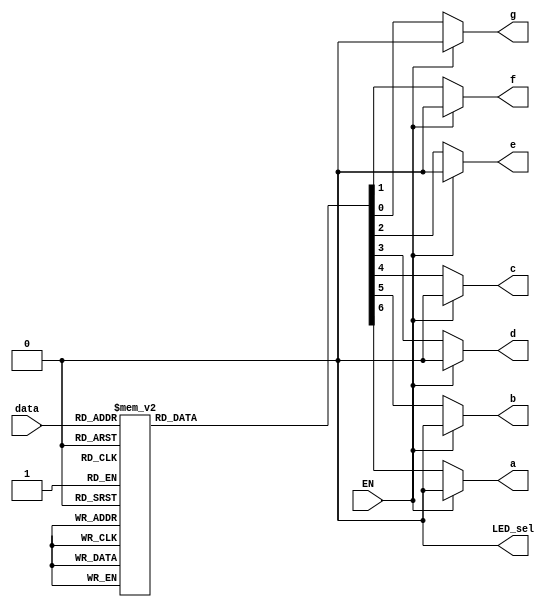
module led(data,LED_sel,a,b,c,d,e,f,g,EN); //led
	input [3:0]data; //data,4
	input EN;
	output a,b,c,d,e,f,g,LED_sel; // a-gLED_sel
	reg a,b,c,d,e,f,g; //a-greg
	assign LED_sel=0; //LED_sel0
	always @ (data) //dataalways
		begin
			if (EN)
				{a,b,c,d,e,f,g}=7'b0000000;
			else begin
			case(data) //case
				4'b0000:{a,b,c,d,e,f,g}=7'b1111110;//0
				4'b0001:{a,b,c,d,e,f,g}=7'b0110000;//1
				4'b0010:{a,b,c,d,e,f,g}=7'b1101101;//2
				4'b0011:{a,b,c,d,e,f,g}=7'b1111001;//3
				4'b0100:{a,b,c,d,e,f,g}=7'b0110011;//4
				4'b0101:{a,b,c,d,e,f,g}=7'b1011011;//5
				4'b0110:{a,b,c,d,e,f,g}=7'b1011111;//6
				4'b0111:{a,b,c,d,e,f,g}=7'b1110000;//7
				4'b1000:{a,b,c,d,e,f,g}=7'b1111111;//8
				4'b1001:{a,b,c,d,e,f,g}=7'b1111011;//9
				4'b1010:{a,b,c,d,e,f,g}=7'b1110111;//A
				4'b1011:{a,b,c,d,e,f,g}=7'b0011111;//B
				4'b1100:{a,b,c,d,e,f,g}=7'b1001110;//C
				4'b1101:{a,b,c,d,e,f,g}=7'b0111101;//D
				4'b1110:{a,b,c,d,e,f,g}=7'b1001111;//E
				4'b1111:{a,b,c,d,e,f,g}=7'b1000111;//F
				default:;
			endcase
			end
		end
endmodule